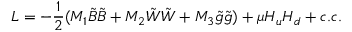
{ \cal L } = - \frac { 1 } { 2 } ( M _ { 1 } \tilde { B } \tilde { B } + M _ { 2 } \tilde { W } \tilde { W } + M _ { 3 } \tilde { g } \tilde { g } ) + \mu H _ { u } H _ { d } + c . c .